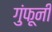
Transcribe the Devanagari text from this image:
गुंफूनी